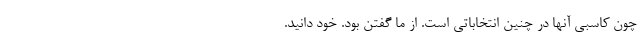
چون کاسبی آنها در چنین انتخاباتی است. از ما گفتن بود. خود دانید.